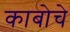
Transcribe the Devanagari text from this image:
काबोचे